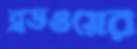
ব্রডওয়ের